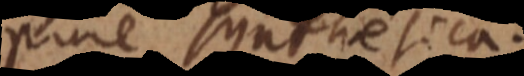
pure synthetica.